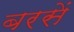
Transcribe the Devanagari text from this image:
बरसें